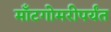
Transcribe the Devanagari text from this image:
माँटगोमरीपर्यंत